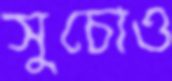
সুচোও